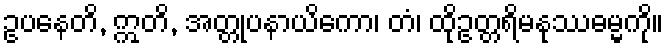
ဥပနေတိ, ဣတိ, အတ္တုပနာယိကော၊ တံ၊ ထိုဥတ္တရိမနုဿဓမ္မကို။